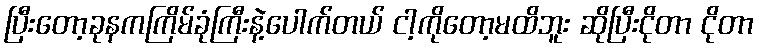
ပြီးတော့ခုနကကြိမ်ခုံကြီးနဲ့ပေါက်တယ် ငါ့ကိုတော့မထိဘူး ဆိုပြီးငိုတာ ငိုတာ